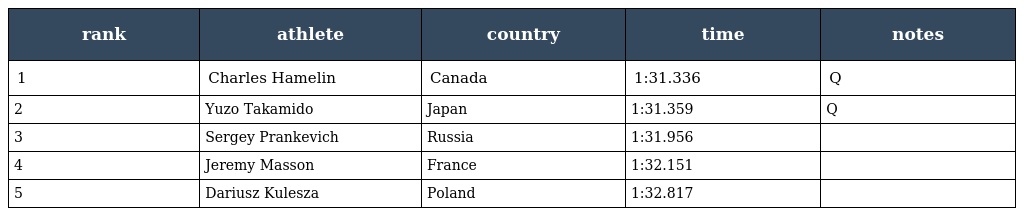
| rank | athlete | country | time | notes |
 | --- | --- | --- | --- | --- |
 | 1 | Charles Hamelin | Canada | 1:31.336 | Q |
 | 2 | Yuzo Takamido | Japan | 1:31.359 | Q |
 | 3 | Sergey Prankevich | Russia | 1:31.956 |  |
 | 4 | Jeremy Masson | France | 1:32.151 |  |
 | 5 | Dariusz Kulesza | Poland | 1:32.817 |  |